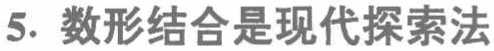
5. 数形结合是现代探索法